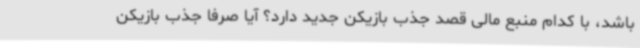
باشد، با کدام منبع مالی قصد جذب بازیکن جدید دارد؟ آیا صرفا جذب بازیکن